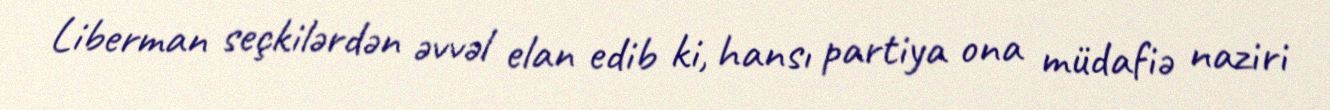
Liberman seçkilərdən əvvəl elan edib ki, hansı partiya ona müdafiə naziri